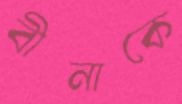
বীনাকে